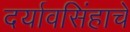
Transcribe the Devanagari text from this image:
दर्यावसिंहाचे